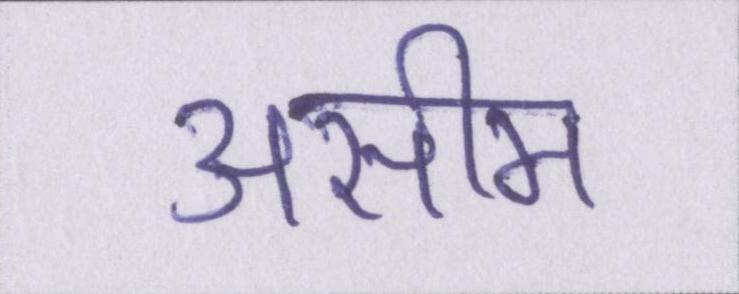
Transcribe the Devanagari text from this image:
असीम